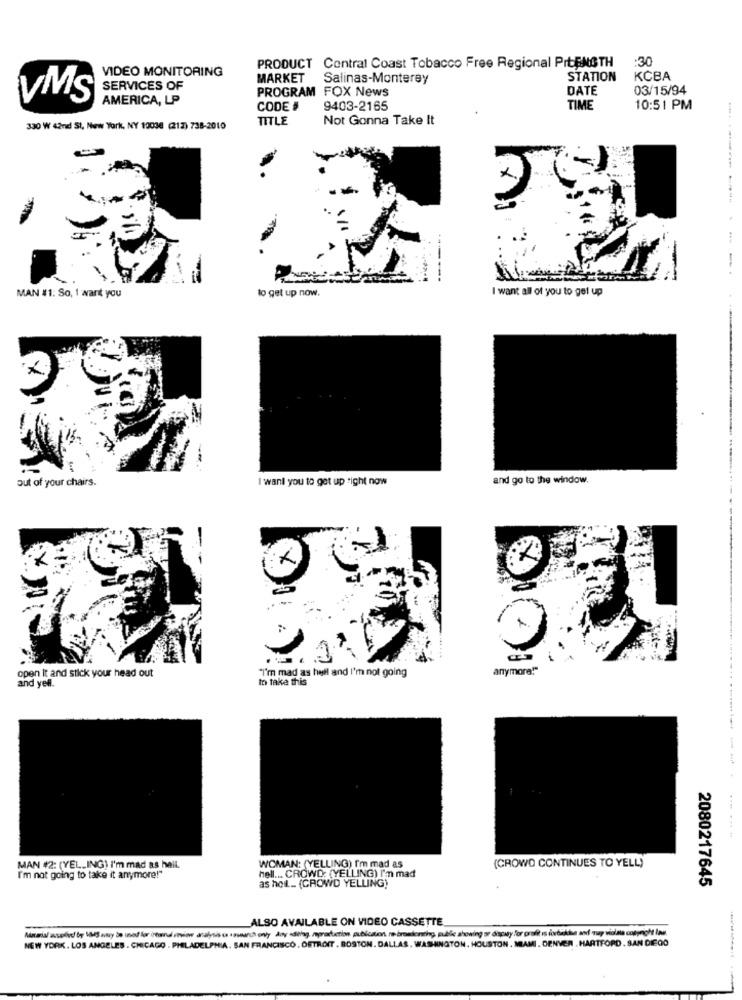
:30
PRODUCT Central Coast Tobacco Free Regional PrtENGTH
VIDEO MONITORING
MARKET
Salinas-Monterey
STATION
KCBA
SERVICES OF
PROGRAM FOX News
DATE
03/15/94
VMS
AMERICA, LP
CODE #
9403-2165
TIME
10:51 PM
TITLE
Not Gonna Take It
330 W 42nd St, New York, NY 10036 (212) 738-2010
I want all of you to get up
MAN #1: So, I want you
to get up now.
out of your chairs.
I want you to get up right now
and go to the window.
open It and stick your head out
"I'm mad as hell and I'm not going
anymore!"
and yell.
In take this
MAN #2: (YELLING) I'm mad as heil.
WOMAN: (YELLING) I'm mad as
(CROWD CONTINUES TO YELL)
I'm not going to take it anymore!"
hell ... CROWD: (YELLING) I'm mad
2080217645
as holl ... (CROWD YELLING)
ALSO AVAILABLE ON VIDEO CASSETTE
NEW YORK. LOS ANGELES . CHICAGO . PHILADELPHIA, SAN FRANCISCO . OSTROIT . BOSTON. DALLAS. WASHINGTON. HOUSTON , MIAMI . DENVER . HARTFORD . SAN DIEGO